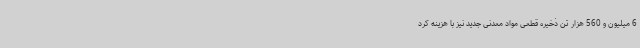
6 میلیون و 560 هزار تن ذخیره قطعی مواد معدنی جدید نیز با هزینه کرد